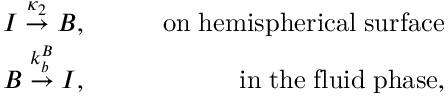
\begin{array} { r l r } { I \stackrel { \kappa _ { 2 } } { \rightarrow } B , } & { { } \quad } & { \mathrm { o n \; h e m i s p h e r i c a l \; s u r f a c e } } \\ { B \stackrel { k _ { b } ^ { B } } { \rightarrow } I , } & { { } \quad } & { \mathrm { i n \; t h e \; f l u i d \; p h a s e } , } \end{array}